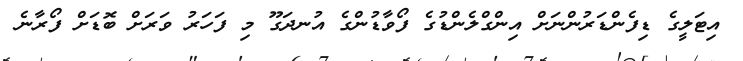
އިޓަލީގެ ޑިފެންޑަރުންނަށް އިންގްލެންޑުގެ ފޯވާޑުންގެ އުނދަގޫ މި ފަހަރު ވަރަށް ބޮޑަށް ފޯރާނެ